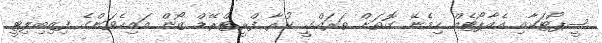
ސީޕޯޓަކާއި އެއާޕޯޓެއް ހިމެނޭ ގޮތަށް ތަރައްގީ ކުރާ ފްރީޓްރޭޑް ޒޯން އައިހެވަންގެ ފިޒިބިލިޓީ